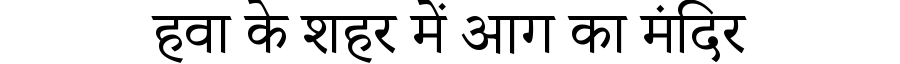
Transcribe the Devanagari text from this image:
हवा के शहर में आग का मंदिर